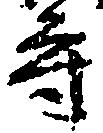
守